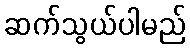
ဆက်သွယ်ပါမည်